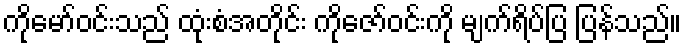
ကိုမော်ဝင်းသည် ထုံးစံအတိုင်း ကိုဇော်ဝင်းကို မျက်ရိပ်ပြ ပြန်သည်။